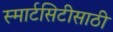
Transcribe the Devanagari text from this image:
स्मार्टसिटीसाठी